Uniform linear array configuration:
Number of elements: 8
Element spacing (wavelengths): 0.25
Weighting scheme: blackman
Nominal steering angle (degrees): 45
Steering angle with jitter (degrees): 43.893
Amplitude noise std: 0.05
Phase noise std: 0.05

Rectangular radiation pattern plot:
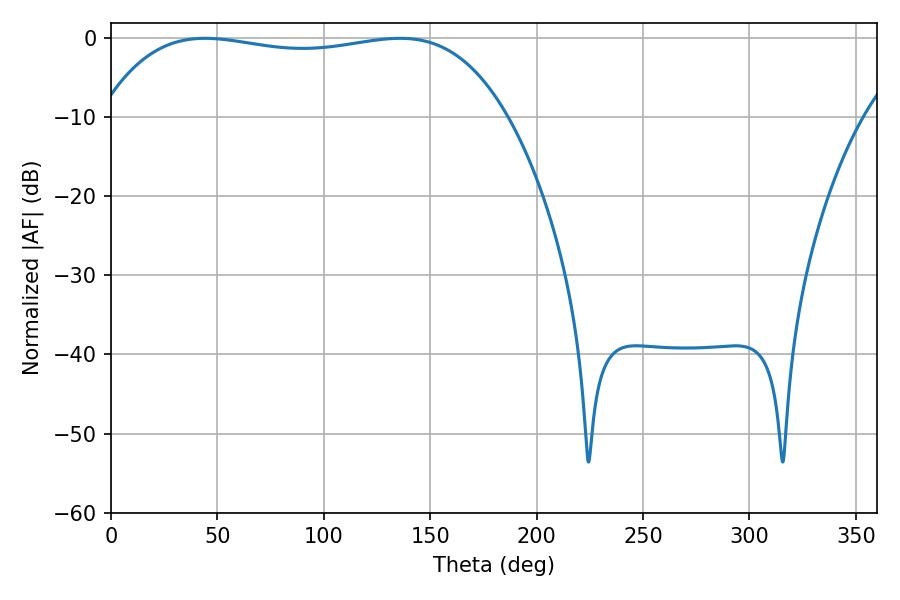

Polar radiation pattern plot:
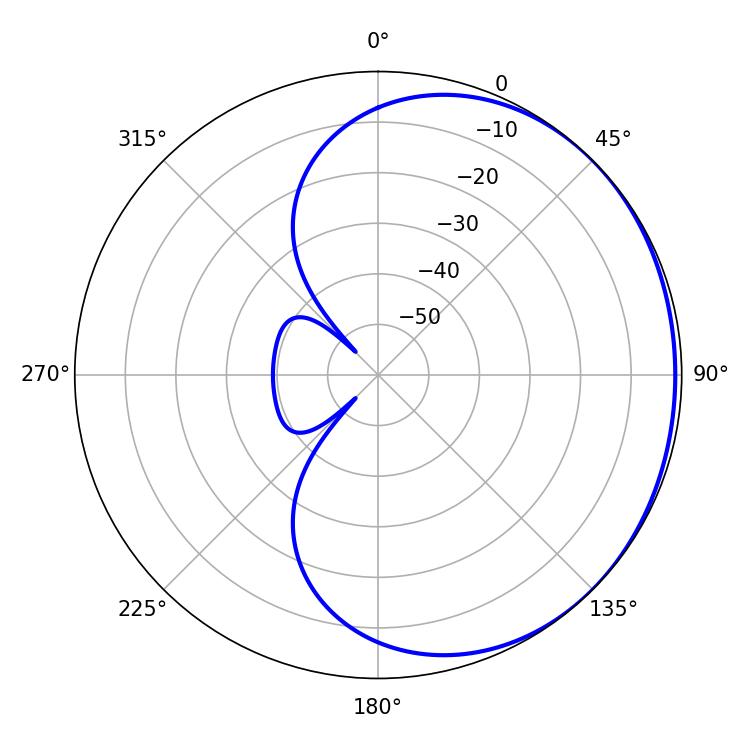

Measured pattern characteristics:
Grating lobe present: FALSE
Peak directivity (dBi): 0.7578
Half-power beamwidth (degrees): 152.64
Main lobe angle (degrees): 44.1